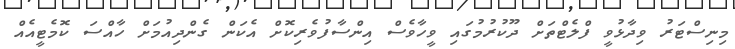
މިނިސްޓަރު ވިދާޅުވީ ފްލެޓްތަށް ދޫކުރުމުގައި ވީހާވެސް އިންސާފުވެރިކޮށް އެކަން ގެންދިއުމަށް ހާއްސަ ކޮމެޓީއެއް